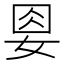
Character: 𡜰